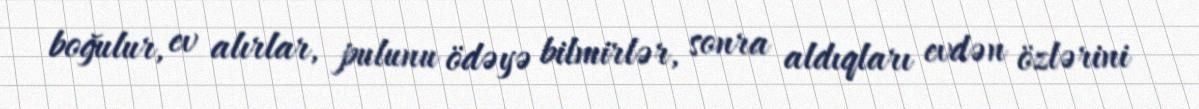
boğulur, ev alırlar, pulunu ödəyə bilmirlər, sonra aldıqları evdən özlərini